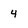
Character: 4